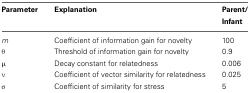
| Parameter | Explanation | Parent/Infant |
 | --- | --- | --- |
 | m | Coefficient of information gain for novelty | 100 |
 | θ | Threshold of information gain for novelty | 0.9 |
 | μ | Decay constant for relatedness | 0.006 |
 | ν | Coefficient of vector similarity for relatedness | 0.025 |
 | σ | Coefficient of similarity for stress | 5 |